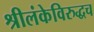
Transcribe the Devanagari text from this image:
श्रीलंकेविरुद्धच